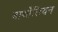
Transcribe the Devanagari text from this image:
बार्थोलियन